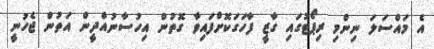
އެ މައްސަލަ ނިންމި ރިޕޯޓުގައި ގާޒީ ފާހަގަކޮށްފައިވާ ގޮތުން އިހުސާނުއްދީން އަތުން ޖެހުނީ